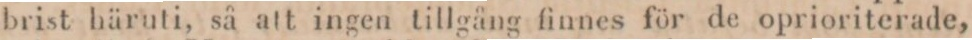
brist häruti, så att ingen tillgång finnes för de oprioriterade,